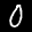
Label: 0